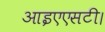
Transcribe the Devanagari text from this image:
आइएएसटी।